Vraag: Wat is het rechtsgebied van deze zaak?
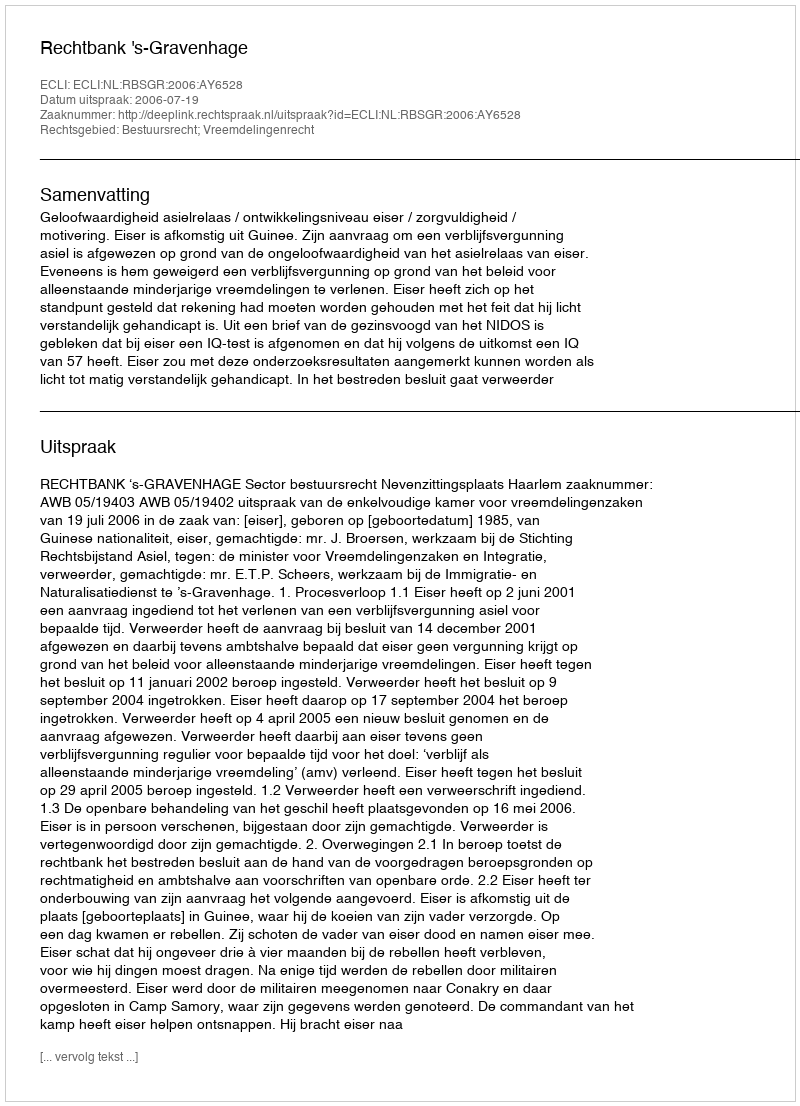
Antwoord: Bestuursrecht; Vreemdelingenrecht